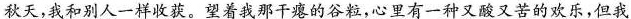
秋天，我和别人一样收获。望着我那干瘪的谷粒，心里有一种又酸又苦的欢乐，但我